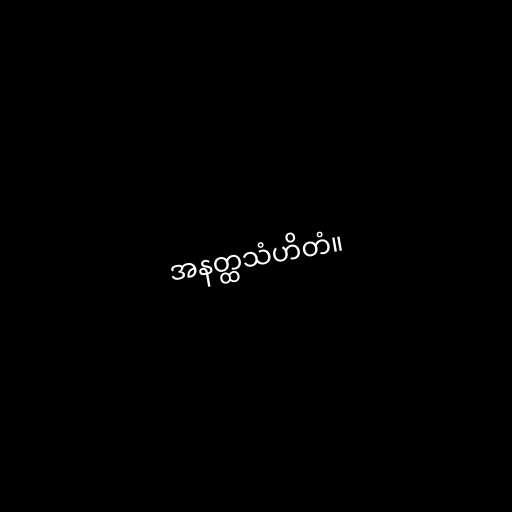
အနတ္ထသံဟိတံ။